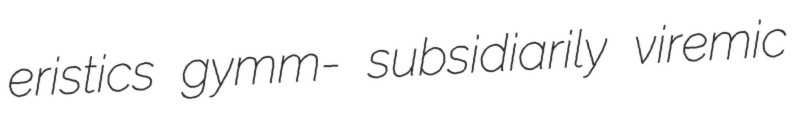
eristics gymm- subsidiarily viremic